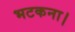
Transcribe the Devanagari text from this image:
भटकना।